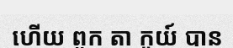
ហើយ ពួក តា កូយ៍ បាន